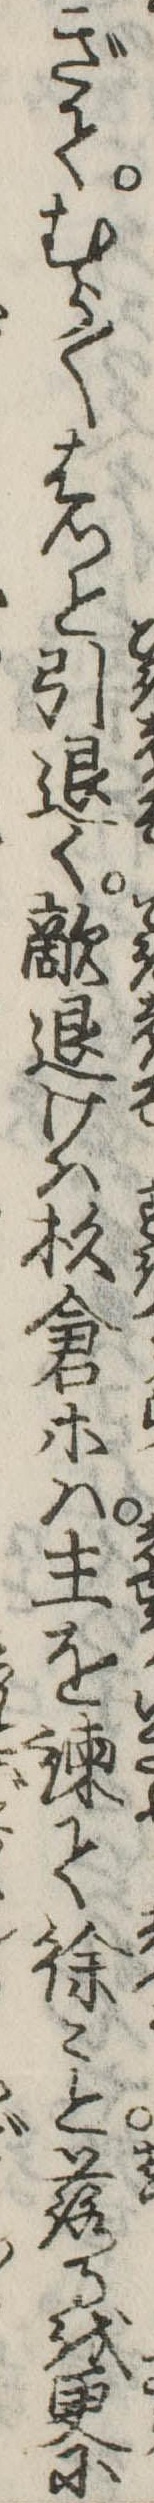
ぎてむら〱はつと引退く敵退けは杉倉等は主を諌て徐々と落るを更に